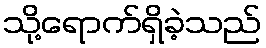
သို့ရောက်ရှိခဲ့သည်